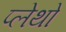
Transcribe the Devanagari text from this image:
प्लेथो